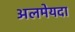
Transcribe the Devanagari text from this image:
अलमेयदा